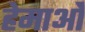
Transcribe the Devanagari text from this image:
हेमाओं